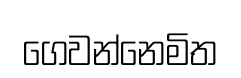
ගෙවන්නෙමිත